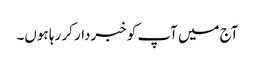
آج میں آپ کو خبردار کر رہا ہوں۔